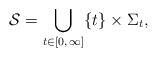
LaTeX: \begin{align*} \mathcal{S} = \bigcup_{t\in [0,\,\infty]}\{t\} \times \Sigma_t,\end{align*}